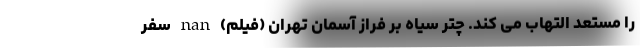
را مستعد التهاب می کند. چتر سیاه بر فراز آسمان تهران (فیلم) nan سفر